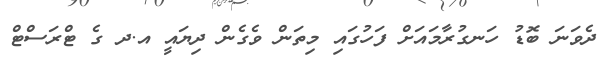
ދެވަނަ ބޮޑު ހަނގުރާމައަށް ފަހުގައި މިތަން ވެގެން ދިޔައީ އ.ދ ގެ ޓްރަސްޓް